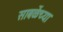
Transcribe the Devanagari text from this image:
साबळेंच्या